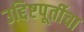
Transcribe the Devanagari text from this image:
उद्दिष्टपूर्तीचा